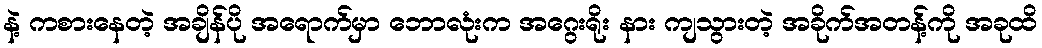
နဲ့ ကစားနေတဲ့ အချိန်ပို အရောက်မှာ ဘောလုံးက အဂွေးရိုး နား ကျသွားတဲ့ အခိုက်အတန့်ကို အခုထိ